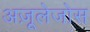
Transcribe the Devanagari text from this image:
अज़ूलेजोस